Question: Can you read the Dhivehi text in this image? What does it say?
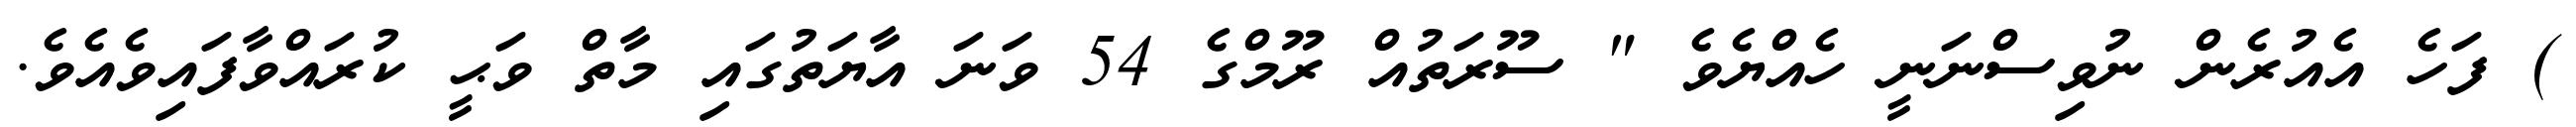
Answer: ) ފަހެ އެއުރެން ނުވިސްނަނީ ހެއްޔެވެ " ސޫރަތުއް ރޫމްގެ 54 ވަނަ އާޔަތުގައި މާތް ވަޙީ ކުރައްވާފައިވެއެވެ.